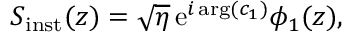
S _ { \mathrm { i n s t } } ( z ) = \sqrt { \eta } \, \mathrm { e } ^ { i \arg ( c _ { 1 } ) } \phi _ { 1 } ( z ) ,